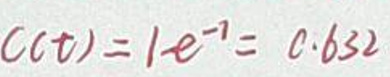
$C ( t ) = 1 - e ^ { - 1 } = 0. 6 3 2$